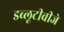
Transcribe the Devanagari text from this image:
डब्लूटीवीजे